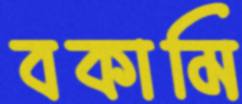
বকামি